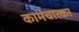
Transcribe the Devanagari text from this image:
कामचात्का